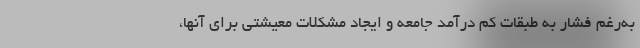
به‌رغم فشار به طبقات کم درآمد جامعه و ایجاد مشکلات معیشتی برای آنها،